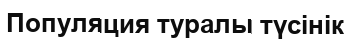
Популяция туралы түсінік